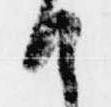
候